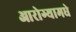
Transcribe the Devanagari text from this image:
आरोग्यामधे